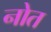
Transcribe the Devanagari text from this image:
नोत